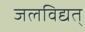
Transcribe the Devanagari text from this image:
जलविद्यत्